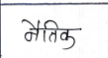
मजकूर: नैतिक